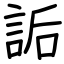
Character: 詬